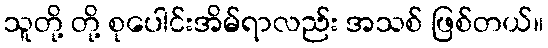
သူတို့ တို့ စုပေါင်းအိမ်ရာလည်း အသစ် ဖြစ်တယ်။